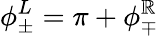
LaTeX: \phi_{\pm}^{L}=\pi+\phi_{\mp}^{\mathbb{R}}